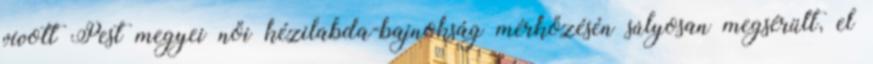
vívott Pest megyei női kézilabda-bajnokság mérkőzésén súlyosan megsérült, el